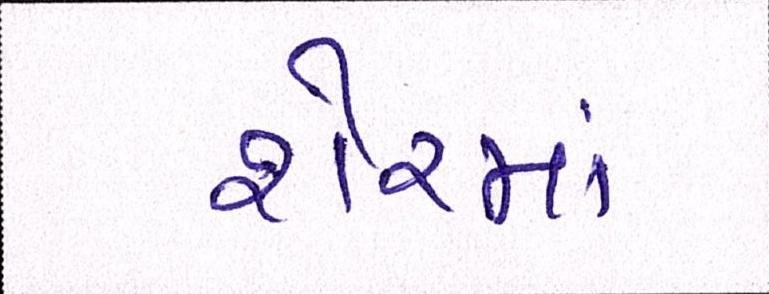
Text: શેરમાં